Civil Veterinary Dept. Assam report 1927-50 - 1927-1950
Year: 1927
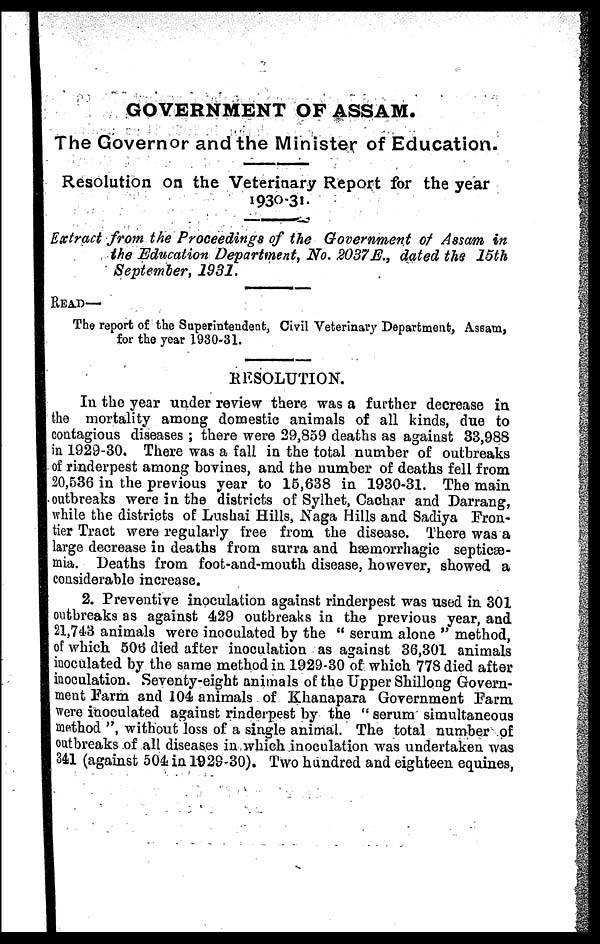
GOVERNMENT OF ASSAM.
The Governor and the Minister of Education.
Resolution on the Veterinary Report for the year
1930-31.
Extract from the Proceedings of the Government of Assam in
the Education Department, No. 2037 E., dated the 15th
September, 1931.
READ—
The report of the Superintendent, Civil Veterinary Department, Assam,
for the year 1930-31.
RESOLUTION.
In the year under review there was a further decrease in
the mortality among domestic animals of all kinds, due to
contagious diseases ; there were 29,859 deaths as against 33,988
in 1929-30. There was a fall in the total number of outbreaks
of rinderpest among bovines, and the number of deaths fell from
20,536 in the previous year to 15,638 in 1930-31. The main
outbreaks were in the districts of Sylhet, Cachar and Darrang,
while the districts of Lushai Hills, Naga Hills and Sadiya Fron-
tier Tract were regularly free from the disease. There was a
large decrease in deaths from surra and hæmorrhagic septicæ-
mia. Deaths from foot-and-mouth disease, however, showed a
considerable increase.
2. Preventive inoculation against rinderpest was used in 301
outbreaks as against 429 outbreaks in the previous year, and
21,743 animals were inoculated by the " serum alone " method,
of which 506 died after inoculation as against 36,301 animals
inoculated by the same method in 1929-30 of which 778 died after
inoculation. Seventy-eight animals of the Upper Shillong Govern-
ment Farm and 104 animals of Khanapara Government Farm
were inoculated against rinderpest by the " serum simultaneous
method ", without loss of a single animal. The total number of
outbreaks of all diseases in which inoculation was undertaken was
341 (against 504 in 1929-30). Two hundred and eighteen equines,